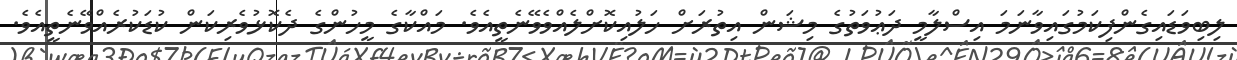
ލިބިވަޑައިގެންފިކަމުގައިވާނަމަ އިސްލާމީ ދަޢުވަތުގެ މިޝަން އިތުރަށް ހަލުއިކޮށްލެއްވެވޭނެތީއެވެ. މައްކާގެ މީހުންގެ ދެކޮޅުވެރިކަން ކުޑަކުރެއްވޭނެތީއެވެ.